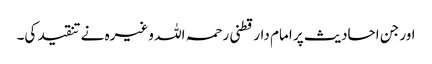
اور جن احادیث پر امام دارقطنی رحمہ اللہ وغیرہ نے تنقید کی۔